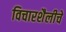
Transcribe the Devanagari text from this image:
विचारशैलीचे